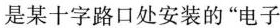
是某十字路口处安装的”电子